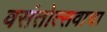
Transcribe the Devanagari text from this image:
वसंतोत्सवाचा